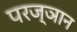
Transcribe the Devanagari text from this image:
परज्ञान